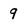
Character: 9